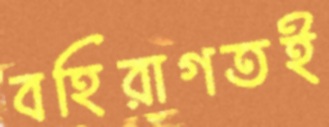
বহিরাগতই